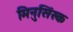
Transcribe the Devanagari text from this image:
मिनुसिंस्क